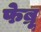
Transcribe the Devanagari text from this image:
फेब्रू